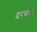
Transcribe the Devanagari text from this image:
दरचर्षी